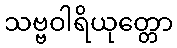
သဗ္ဗဝါရိယုတ္တော